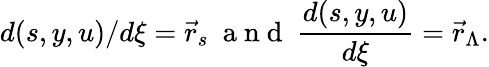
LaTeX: d(s,y,u)/d\xi=\vec{r}_{s}~\mathrm{~a~n~d~}~\frac{d(s,y,u)}{d\xi}=\vec{r}_{\Lambda}.